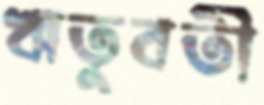
ঋতুবতী